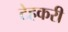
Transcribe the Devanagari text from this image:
टेहकरी